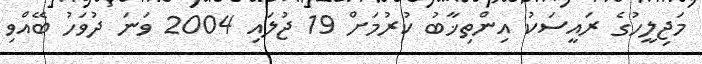
މަޖިލީހުގެ ރައީސަކު އިންތިޚާބު ކުރުމަށް 19 ޖުލައި 2004 ވަނަ ދުވަހު ބޭއްވި